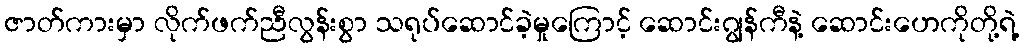
ဇာတ်ကားမှာ လိုက်ဖက်ညီလွန်းစွာ သရုပ်ဆောင်ခဲ့မှုကြောင့် ဆောင်းဂျွန်ကီနဲ့ ဆောင်းဟေကိုတို့ရဲ့